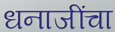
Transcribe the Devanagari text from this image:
धनाजींचा